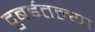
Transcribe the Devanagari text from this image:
दुबईतल्या